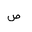
Letter: _sad